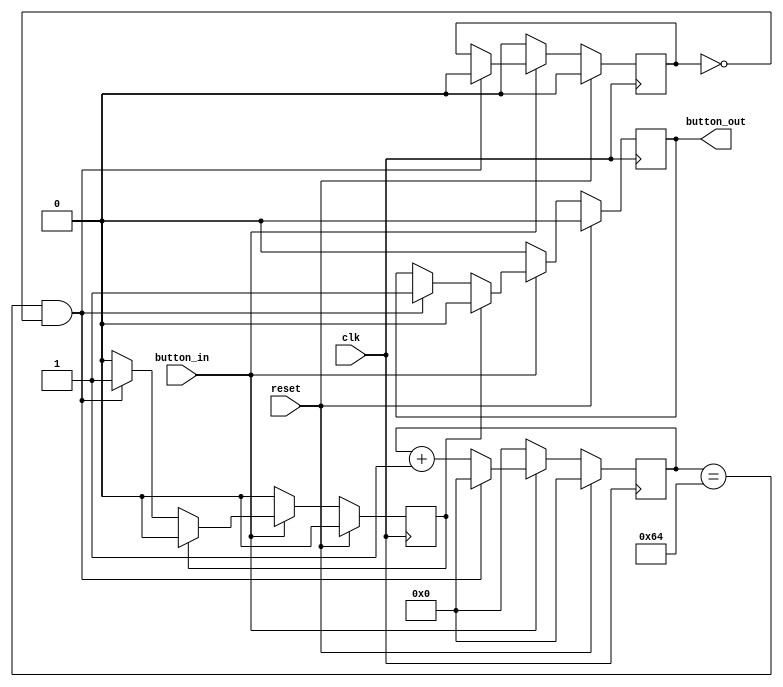
module debouncer(
    input clk,
    input reset,
    input button_in,
    output reg button_out
    );
    
    reg output_exist;
    reg [19:0] deb_count;
    
    parameter MAX = 100;
    reg max_count_flag;
    
    always @ (posedge clk) begin
        if (reset) begin
            deb_count <= 0;
            output_exist <= 0; 
            button_out <= 0;
            max_count_flag <= 0;
        end else begin 
            if (button_in) begin
                deb_count <= deb_count + 1;

                if ((deb_count == MAX) && (max_count_flag == 0)) begin
                    button_out <= 1'b1;
                    deb_count <= 0; 
                    output_exist <= 1;
                    max_count_flag <= 0;   
                end
                
                if (output_exist) begin
                    button_out <= 1'b0;
                    output_exist <= 0;
                end 
            
            end else if (!button_in) begin
                deb_count <= 0;
                button_out <= 0;
                output_exist <= 0; 
                max_count_flag <= 0;
            end 
        end 
        
    end // always
 
endmodule